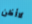
لاأظن